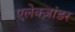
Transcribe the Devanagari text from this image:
एलेक्ज़ांडर